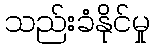
သည်းခံနိုင်မှု